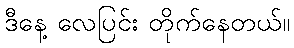
ဒီနေ့ လေပြင်း တိုက်နေတယ်။